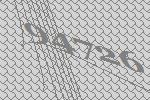
94726